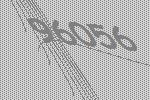
96056